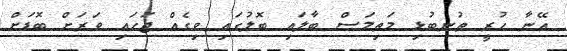
އޭނާ ހުރީ ތުނބުޅި މަތިމަސް ބާލައި ބޮލުގައި ވިގެއް ޖަހައި ވަރަށް ބޮޑަށް